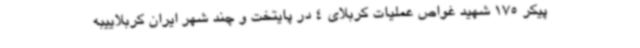
پیکر 175 شهید غواص عملیات کربلای 4 در پایتخت و چند شهر ایران کربلاییبه